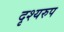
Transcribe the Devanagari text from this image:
दृश्यरुप